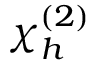
\chi _ { h } ^ { ( 2 ) }